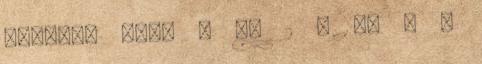
törtet, ahol b 6. 2 b 36 b 6